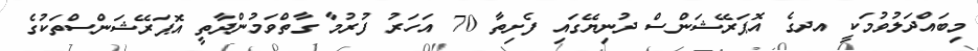
މިބައްދަލުވުމަކީ އދގެ އޮޕަރޭޝަންސް ދުނިޔޭގައި ފެށިތާ 70 އަހަރު ފުރުމާ ގާތްވަމުންދާތީ އޮޕަރޭޝަންސްތަކުގެ